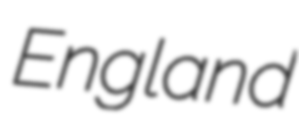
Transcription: England